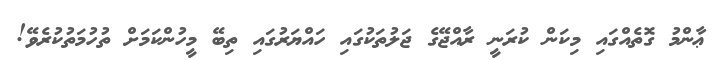
ޢާންމު ގޮތެއްގައި މިކަން ކުރަނީ ރާއްޖޭގެ ޖަލުތަކުގައި ހައްޔަރުގައި ތިބޭ މީހުންކަމަށް ތުހުމަތުކުރެވޭ!